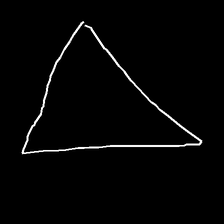
Glyph: convergence